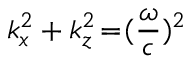
k _ { x } ^ { 2 } + k _ { z } ^ { 2 } \! = \! ( \frac { \omega } { c } ) ^ { 2 }